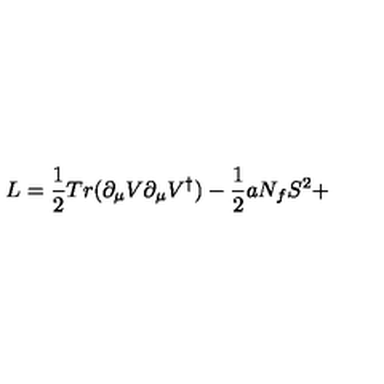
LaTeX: L = \frac { 1 } { 2 } T r ( \partial _ { \mu } V \partial _ { \mu } V ^ { \dagger } ) - \frac { 1 } { 2 } a N _ { f } S ^ { 2 } +